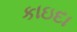
કાઇદા